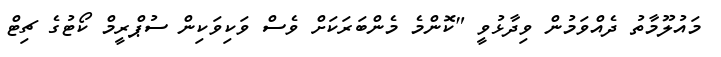
މައުލޫމާތު ދެއްވަމުން ވިދާޅުވީ "ކޮންމެ މެންބަރަކަށް ވެސް ވަކިވަކިން ސުޕްރީމް ކޯޓުގެ ޗިޓް